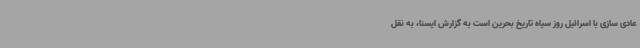
عادی سازی با اسرائیل روز سیاه تاریخ بحرین است به گزارش ایسنا، به نقل